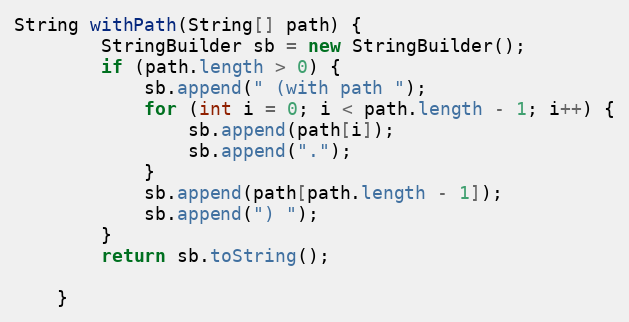
Language: Java
String withPath(String[] path) {
        StringBuilder sb = new StringBuilder();
        if (path.length > 0) {
            sb.append(" (with path ");
            for (int i = 0; i < path.length - 1; i++) {
                sb.append(path[i]);
                sb.append(".");
            }
            sb.append(path[path.length - 1]);
            sb.append(") ");
        }
        return sb.toString();

    }